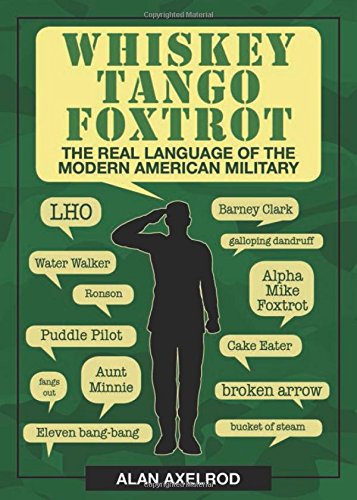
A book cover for Whiskey Tango Foxtrot: The Real Language of the Modern American Military; Alan Axelrod; Reference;